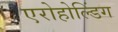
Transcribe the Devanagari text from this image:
एरोहोल्डिंग